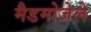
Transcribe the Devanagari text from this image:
मैडमोजेले